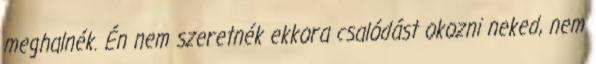
meghalnék. Én nem szeretnék ekkora csalódást okozni neked, nem